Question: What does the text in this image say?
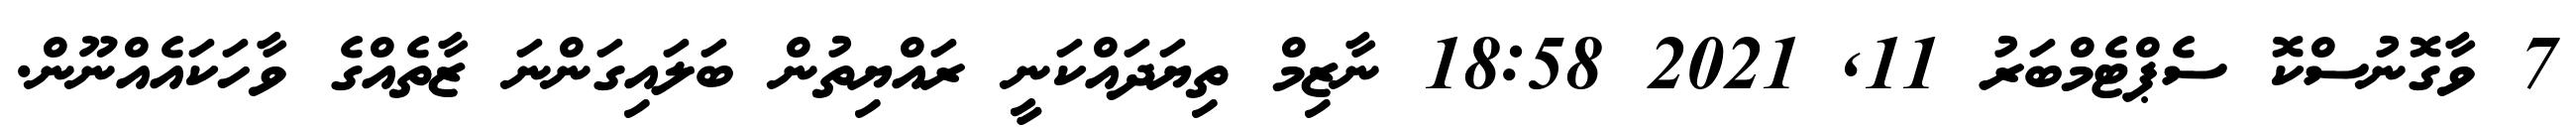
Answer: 7 ވާގޮނުސްކޮ ސެޕްޓެމްބަރު 11, 2021 18:58 ނާޒިމް ތިޔަދައްކަނީ ރައްޔިތުން ބަލައިގަންނަ ޒާތެއްގެ ވާހަކައެއްނޫން.